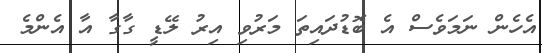
އެހެން ނަމަވެސް އެ ބޮޑުދައިތަ މަރުވި އިރު ލޭޑީ ގާގާ އާ އެންމެ